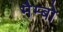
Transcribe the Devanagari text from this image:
मैम्बो